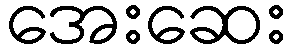
အေးဆေး